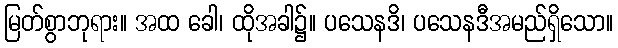
မြတ်စွာဘုရား။ အထ ခေါ၊ ထိုအခါ၌။ ပသေနဒိ၊ ပသေနဒီအမည်ရှိသော။